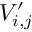
V _ { i , j } ^ { \prime }